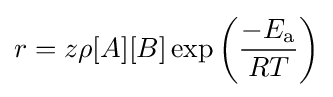
r=z\rho [A][B]\exp \left({\frac {-E_{\text{a}}}{RT}}\right)